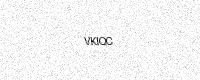
Text: VKIQC